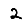
Digit: 2